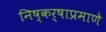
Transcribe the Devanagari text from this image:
निष्कर्षाप्रमाणे